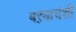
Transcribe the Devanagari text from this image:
बऱ्याचंशी